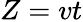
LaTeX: Z=vt